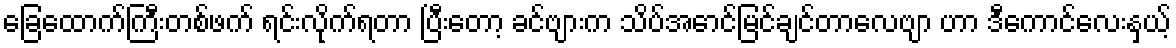
ခြေထောက်ကြီးတစ်ဖက် ရင်းလိုက်ရတာ ပြီးတော့ ခင်ဗျားက သိပ်အောင်မြင်ချင်တာလေဗျာ ဟာ ဒီကောင်လေးနှယ့်